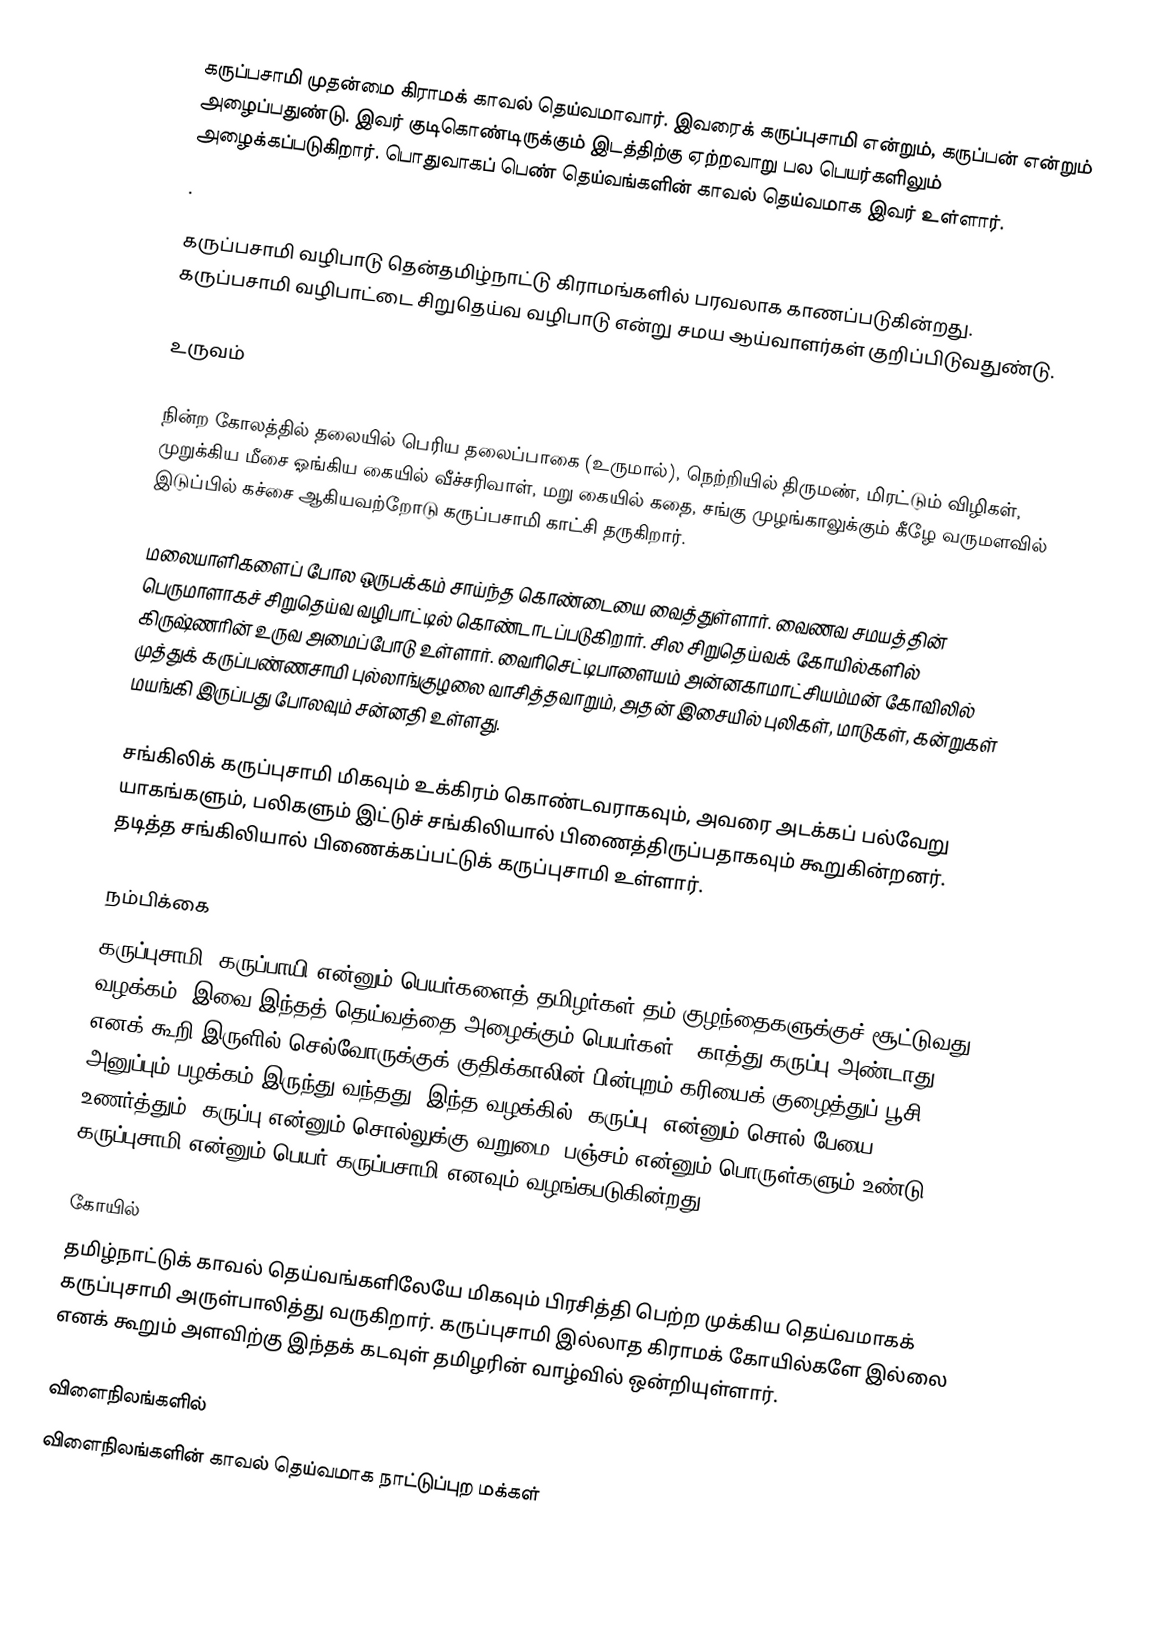
கருப்பசாமி முதன்மை கிராமக் காவல் தெய்வமாவார். இவரைக் கருப்புசாமி என்றும், கருப்பன் என்றும்  அழைப்பதுண்டு. இவர் குடிகொண்டிருக்கும் இடத்திற்கு ஏற்றவாறு பல பெயர்களிலும் அழைக்கப்படுகிறார். பொதுவாகப்  பெண் தெய்வங்களின் காவல் தெய்வமாக இவர் உள்ளார்.
.

கருப்பசாமி வழிபாடு தென்தமிழ்நாட்டு கிராமங்களில் பரவலாக காணப்படுகின்றது.  கருப்பசாமி வழிபாட்டை சிறுதெய்வ வழிபாடு என்று சமய ஆய்வாளர்கள் குறிப்பிடுவதுண்டு.

உருவம்

நின்ற கோலத்தில் தலையில் பெரிய தலைப்பாகை (உருமால்), நெற்றியில்  திருமண், மிரட்டும் விழிகள், முறுக்கிய மீசை ஓங்கிய கையில் வீச்சரிவாள், மறு கையில் கதை, சங்கு முழங்காலுக்கும் கீழே வருமளவில் இடுப்பில் கச்சை ஆகியவற்றோடு கருப்பசாமி காட்சி தருகிறார்.

மலையாளிகளைப் போல ஒருபக்கம் சாய்ந்த கொண்டையை வைத்துள்ளார். வைணவ சமயத்தின் பெருமாளாகச் சிறுதெய்வ வழிபாட்டில் கொண்டாடப்படுகிறார். சில சிறுதெய்வக் கோயில்களில் கிருஷ்ணரின் உருவ அமைப்போடு உள்ளார். வைரிசெட்டிபாளையம் அன்னகாமாட்சியம்மன் காேவிலில் முத்துக் கருப்பண்ணசாமி புல்லாங்குழலை வாசித்தவாறும், அதன் இசையில் புலிகள், மாடுகள், கன்றுகள் மயங்கி இருப்பது போலவும் சன்னதி உள்ளது.

சங்கிலிக் கருப்புசாமி மிகவும் உக்கிரம் கொண்டவராகவும், அவரை அடக்கப் பல்வேறு யாகங்களும், பலிகளும் இட்டுச் சங்கிலியால் பிணைத்திருப்பதாகவும் கூறுகின்றனர். தடித்த சங்கிலியால் பிணைக்கப்பட்டுக் கருப்புசாமி உள்ளார்.

நம்பிக்கை
கருப்புசாமி, கருப்பாயி என்னும் பெயர்களைத் தமிழர்கள் தம் குழந்தைகளுக்குச் சூட்டுவது வழக்கம். இவை இந்தத் தெய்வத்தை அழைக்கும் பெயர்கள். 'காத்து கருப்பு அண்டாது' எனக் கூறி இருளில் செல்வோருக்குக் குதிக்காலின் பின்புறம் கரியைக் குழைத்துப் பூசி அனுப்பும் பழக்கம் இருந்து வந்தது. இந்த வழக்கில் 'கருப்பு' என்னும் சொல் பேயை உணர்த்தும். கருப்பு என்னும் சொல்லுக்கு வறுமை, பஞ்சம் என்னும் பொருள்களும் உண்டு. கருப்புசாமி என்னும் பெயர் கருப்பசாமி எனவும் வழங்கபடுகின்றது.

கோயில்
தமிழ்நாட்டுக் காவல் தெய்வங்களிலேயே மிகவும் பிரசித்தி பெற்ற முக்கிய தெய்வமாகக் கருப்புசாமி அருள்பாலித்து வருகிறார். கருப்புசாமி இல்லாத கிராமக் கோயில்களே இல்லை எனக் கூறும் அளவிற்கு இந்தக் கடவுள் தமிழரின் வாழ்வில் ஒன்றியுள்ளார்.

விளைநிலங்களில்
விளைநிலங்களின் காவல் தெய்வமாக நாட்டுப்புற மக்கள்